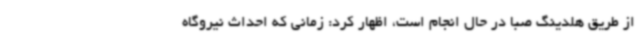
از طریق هلدینگ صبا در حال انجام است، اظهار کرد: زمانی که احداث نیروگاه